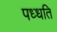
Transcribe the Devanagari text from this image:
पध्धति